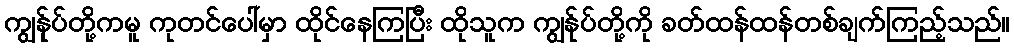
ကျွန်ုပ်တို့ကမူ ကုတင်ပေါ်မှာ ထိုင်နေကြပြီး ထိုသူက ကျွန်ုပ်တို့ကို ခတ်ထန်ထန်တစ်ချက်ကြည့်သည်။